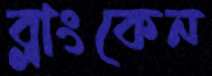
ব্লাংকেন